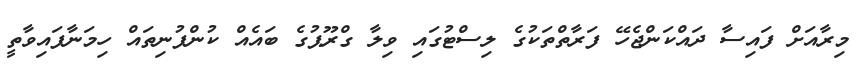
މިރާއަށް ފައިސާ ދައްކަންޖެހޭ ފަރާތްތަކުގެ ލިސްޓުގައި ވިލާ ގްރޫޕުގެ ބައެއް ކުންފުނިތައް ހިމަނާފައިވާތީ